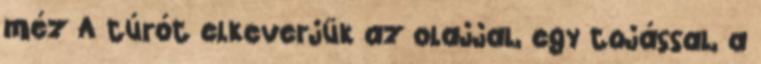
méz A túrót elkeverjük az olajjal, egy tojással, a